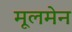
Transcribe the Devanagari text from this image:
मूलमेन